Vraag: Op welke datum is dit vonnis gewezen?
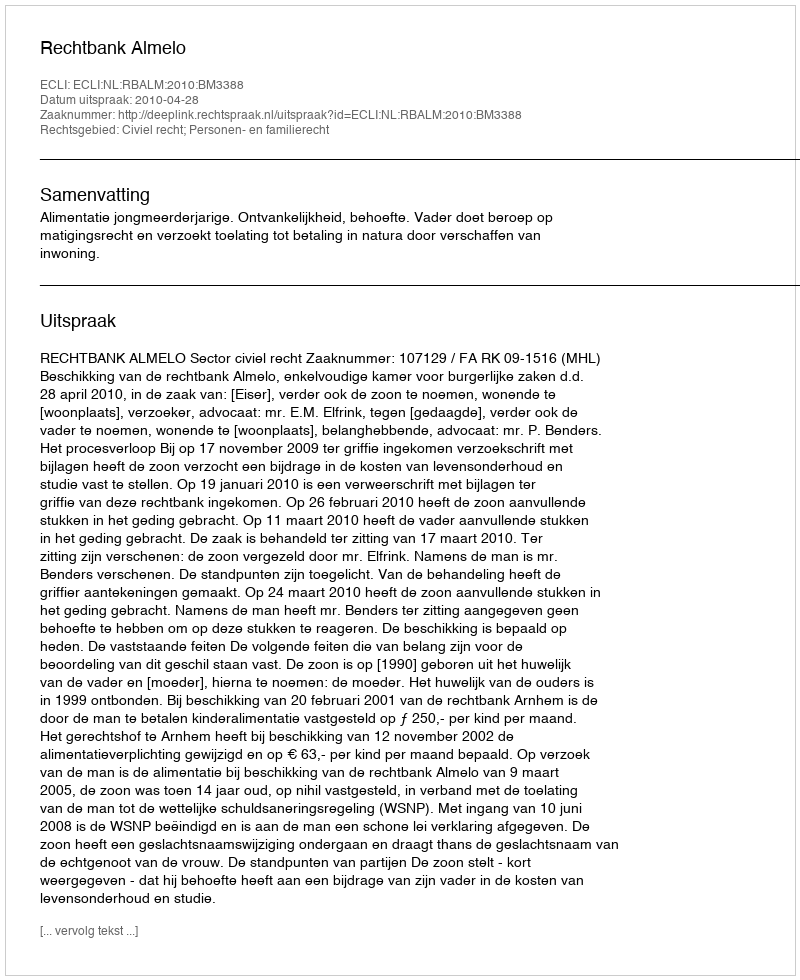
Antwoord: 2010-04-28